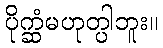
ပိုက္ဆံမဟုတ္ပါဘူး။